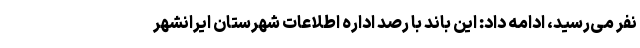
نفر می‌رسید، ادامه داد: این باند با رصد اداره اطلاعات شهرستان ایرانشهر